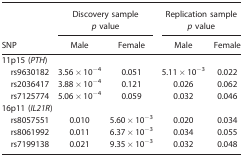
<table><thead><tr><td></td><td colspan="2"><b>Discovery sample <i>p</i> value</b></td><td colspan="2"><b>Replication sample <i>p</i> value</b></td></tr><tr><td><b>SNP</b></td><td><b>Male</b></td><td><b>Female</b></td><td><b>Male</b></td><td><b>Female</b></td></tr></thead><tbody><tr><td colspan="5">11p15 (<i>PTH</i>)</td></tr><tr><td> rs9630182</td><td>3.56 × 10<sup>−4</sup></td><td>0.051</td><td>5.11 × 10<sup>−3</sup></td><td>0.022</td></tr><tr><td> rs2036417</td><td>3.88 × 10<sup>−4</sup></td><td>0.121</td><td>0.026</td><td>0.062</td></tr><tr><td> rs7125774</td><td>5.06 × 10<sup>−4</sup></td><td>0.059</td><td>0.032</td><td>0.046</td></tr><tr><td colspan="5">16p11 (<i>IL21R</i>)</td></tr><tr><td> rs8057551</td><td>0.010</td><td>5.60 × 10<sup>−3</sup></td><td>0.020</td><td>0.034</td></tr><tr><td> rs8061992</td><td>0.011</td><td>6.37 × 10<sup>−3</sup></td><td>0.034</td><td>0.055</td></tr><tr><td> rs7199138</td><td>0.021</td><td>9.35 × 10<sup>−3</sup></td><td>0.032</td><td>0.048</td></tr></tbody></table>